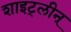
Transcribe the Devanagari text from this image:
शाइट्लीन्